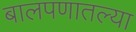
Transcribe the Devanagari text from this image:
बालपणातल्या